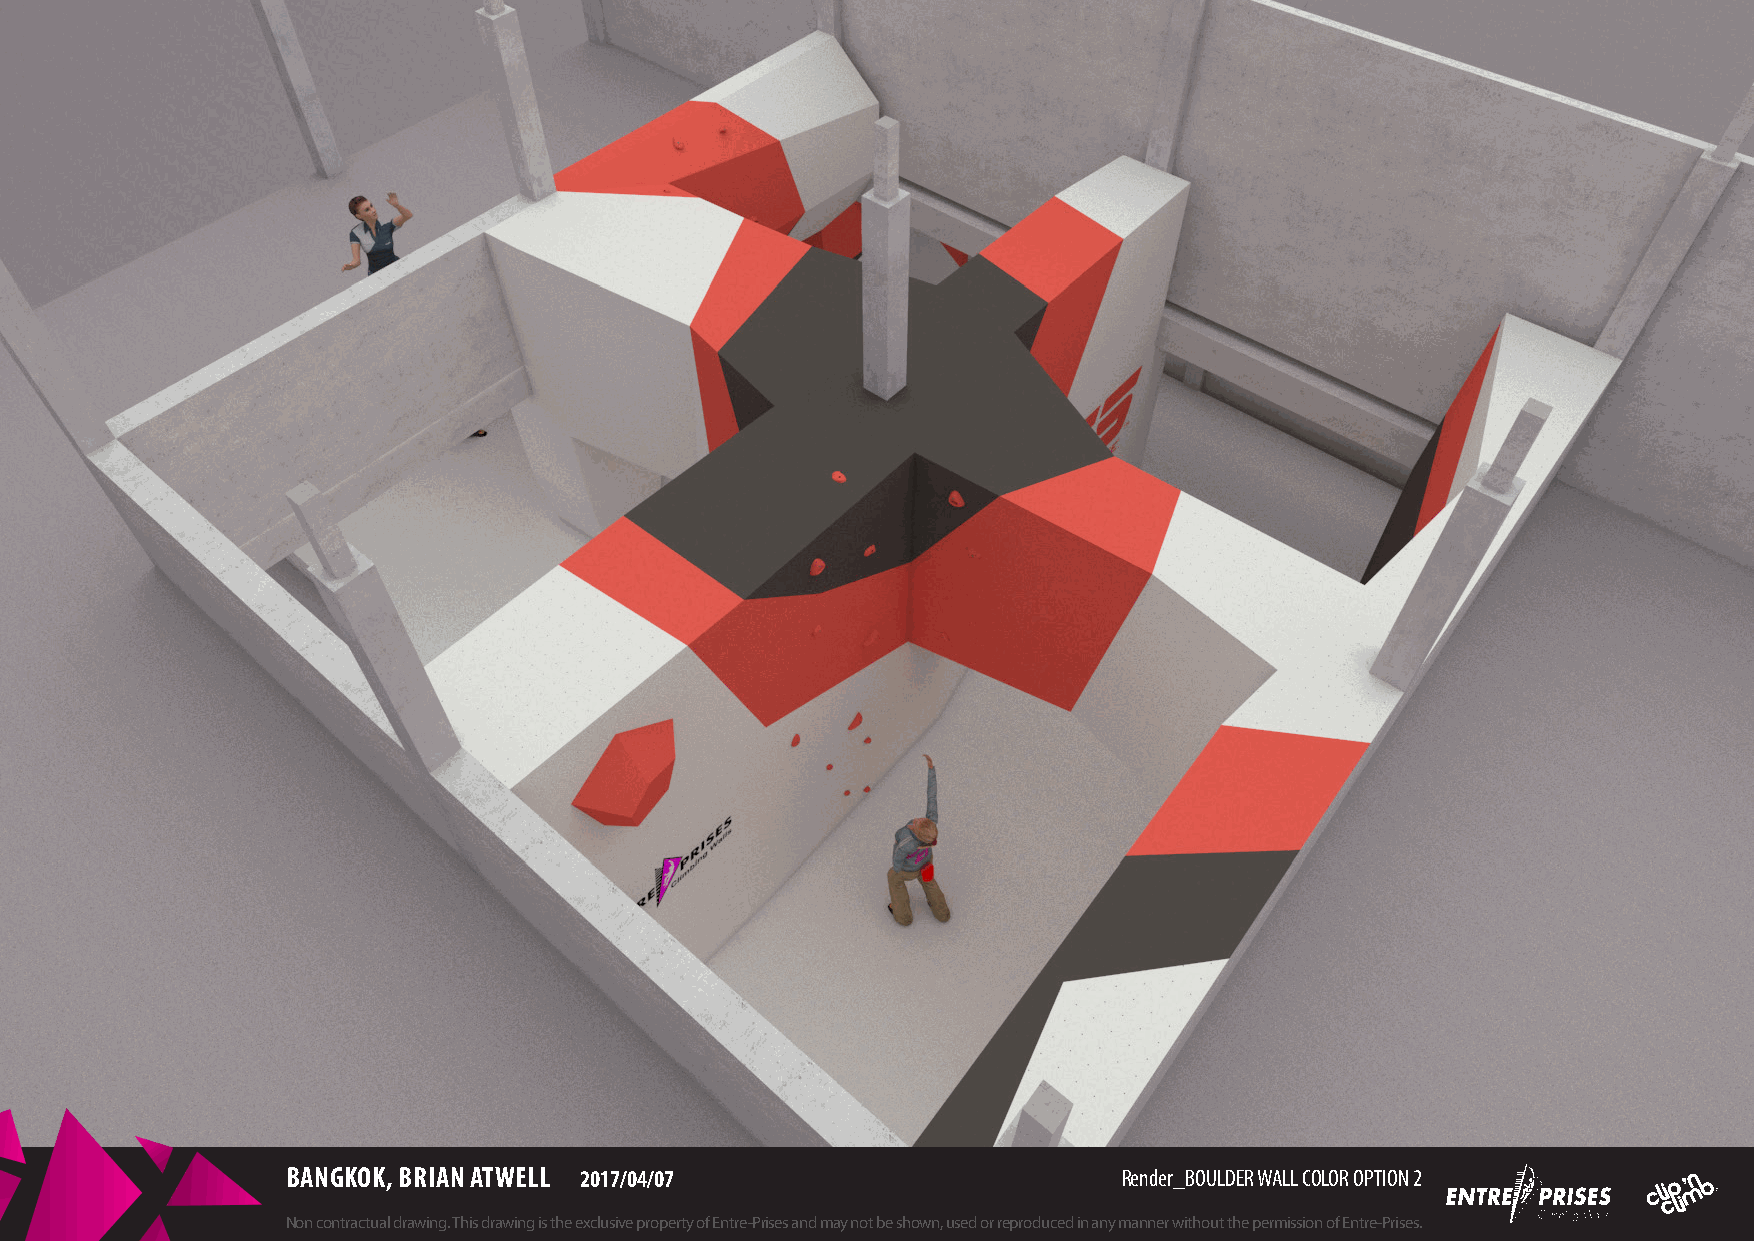
BANGKOK, BRIAN ATWELL 2017/04/07                       Render_BOULDER WALL COLOR OPTION 2
 Non contractual drawing. This drawing is the exclusive property of Entre-Prises and may not be shown, used or reproduced in any manner without the permission of Entre-Prises.